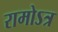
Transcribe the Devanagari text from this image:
रामोऽत्र